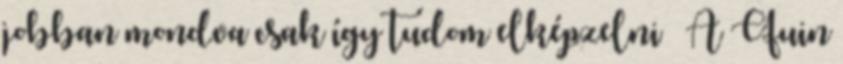
jobban mondva csak így tudom elképzelni – A Quin